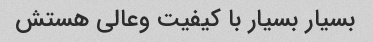
بسیار بسیار با کیفیت وعالی هستش